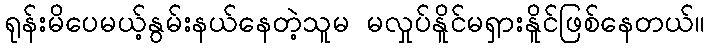
ရုန်းမိပေမယ့်နွမ်းနယ်နေတဲ့သူမ မလှုပ်နိူင်မရှားနိူင်ဖြစ်နေတယ်။